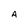
Character: A